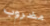
مضروب